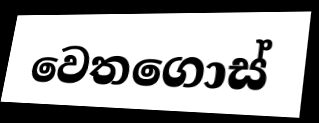
වෙතගොස්